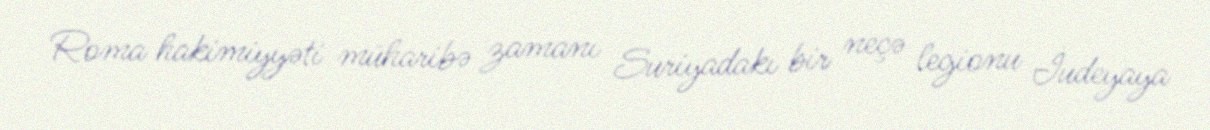
Roma hakimiyyəti müharibə zamanı Suriyadakı bir neçə legionu İudeyaya